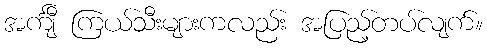
အင်္ကျီ ကြယ်သီးများကလည်း အပြည့်တပ်လျက်။